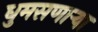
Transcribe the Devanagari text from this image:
धुमसणार्‍या